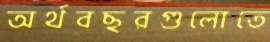
অর্থবছরগুলোতে